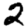
Digit: 2